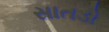
સાતડો